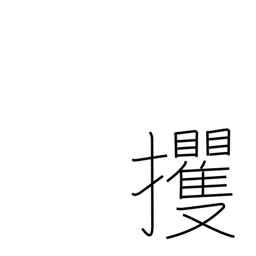
Meaning: abduct